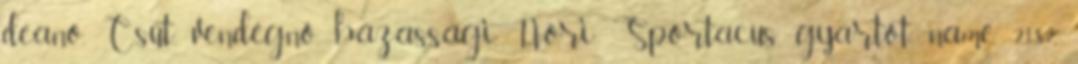
deano, Csüt, vendégnő, házassági, Nóri, Sportacus, gyártót, name, 2182,